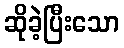
ဆိုခဲ့ပြီးသော